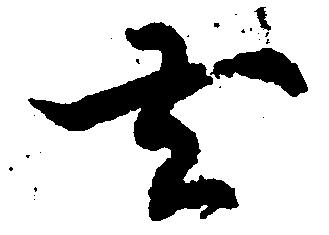
去